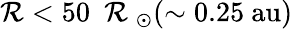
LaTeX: \mathcal{R}<50~\mathrm{{~\mathcal{R}~}}_{\odot}(\sim0.25~\mathrm{{au}})